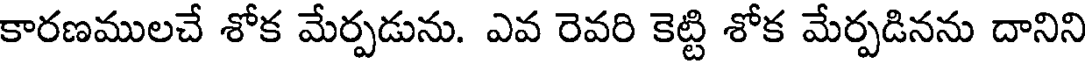
కారణములచే శోక మేర్పడును. ఎవ రెవరి కెట్టి శోక మేర్పడినను దానిని